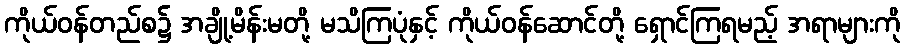
ကိုယ်ဝန်တည်စ၌ အချို့မိန်းမတို့ မသိကြပုံနှင့် ကိုယ်ဝန်ဆောင်တို့ ရှောင်ကြရမည့် အရာများကို